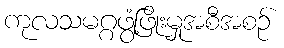
ကုလသမဂ္ဂဖွံ့ဖြိုးမှုအစီအစဉ်